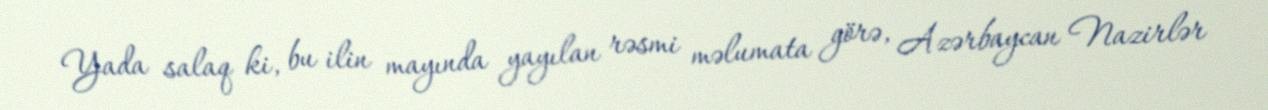
Yada salaq ki, bu ilin mayında yayılan rəsmi məlumata görə, Azərbaycan Nazirlər